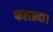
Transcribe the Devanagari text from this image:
फलप्रदा।